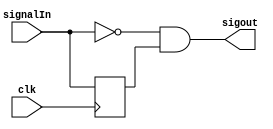
module edgeDetector(
	input clk,
	input signalIn,
	output sigout
);
//	wire dff_out;
//	lab_DFF holdflag(.clock(clk),.data(signalIn),.Q(dff_out),.reset(1'b0),.preset(1'b0));
//	assign sigout=~dff_out&signalIn;

	reg flag;
	assign sigout=~signalIn&flag;

	always @(posedge clk) begin
		flag <= signalIn;
	end

endmodule